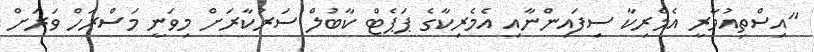
"އިސްތިއުމާރީ އެމެރިކާ ސިފައިންނާއި އެމެރިކާގެ ޕަޕެޓް ކާބުލް ސަރުކާރަށް މިވަނީ މަސްރަހް ވަރަށް